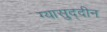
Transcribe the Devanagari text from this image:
ग्यासुद्दीन